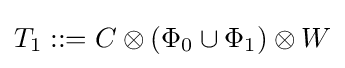
T_{1}::=C\otimes \left(\Phi _{0}\cup \Phi _{1}\right)\otimes W